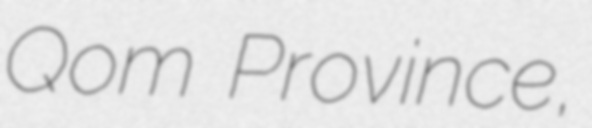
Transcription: Qom Province,